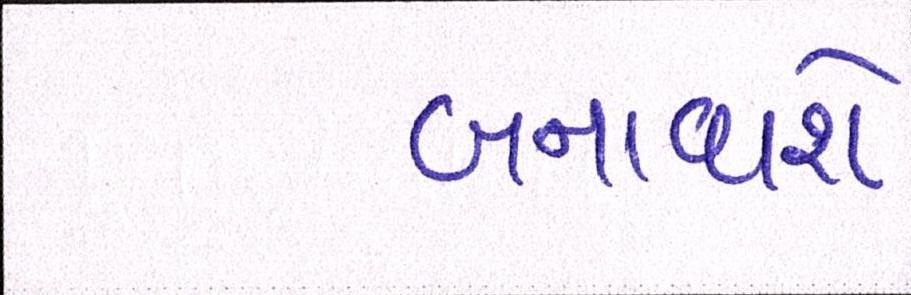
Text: બનાવાશે